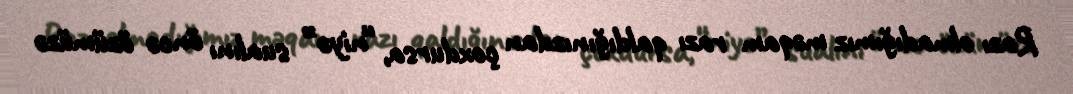
Razı olmadığımız məqam razı qaldığınızdan çoxdursa, “niyə” sualını öncə özümüzə